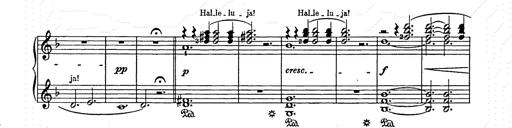
Title: Weihnachtsbaum
Composer: Franz Liszt